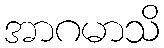
အာဂမာသိ